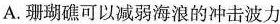
A.珊瑚礁可以减弱海浪的冲击波力